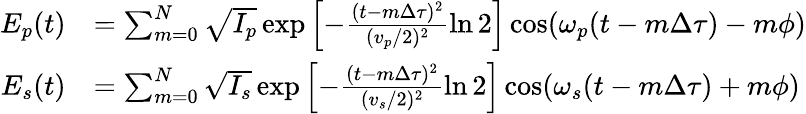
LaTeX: \begin{array}{rl}{E_{p}(t)}&{=\sum_{m=0}^{N}{\sqrt{I_{p}}\exp\left[-\frac{(t-m\Delta\tau)^{2}}{(v_{p}/2)^{2}}\ln 2\right]\cos(\omega_{p}(t-m\Delta\tau)-m\phi)}}\\ {E_{s}(t)}&{=\sum_{m=0}^{N}{\sqrt{I_{s}}\exp\left[-\frac{(t-m\Delta\tau)^{2}}{(v_{s}/2)^{2}}\ln 2\right]\cos(\omega_{s}(t-m\Delta\tau)+m\phi)}}\end{array}